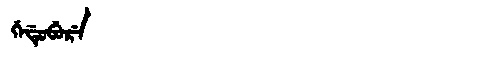
Manchu: ᡤᡝᡩᡠᠪᡠᡵᡝ
Romanization: GEDUBURE